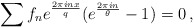
\begin{align*}\sum f_n e^{\frac{2 \pi i nx}{q}} ( e^{\frac{2 \pi i n}{\theta}} -1) = 0 \, ,\end{align*}